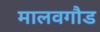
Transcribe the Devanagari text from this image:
मालवगौड